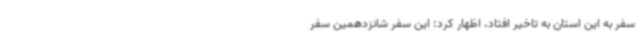
سفر به این استان به تاخیر افتاد، اظهار کرد: این سفر شانزدهمین سفر